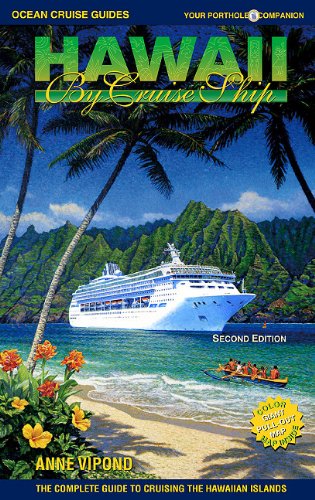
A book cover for Hawaii by Cruise Ship: The Complete Guide to Cruising the Hawaiian Islands, Includes Tahiti; Anne Vipond; Travel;